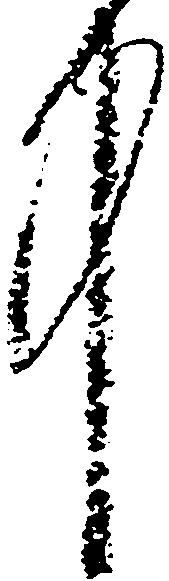
中